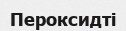
Пероксидті